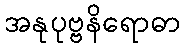
အနုပုဗ္ဗနိရောဓာ